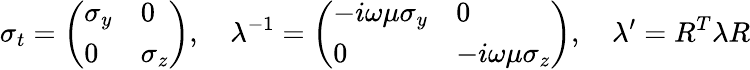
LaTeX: \sigma_{t}=\left(\begin{array}{ll}{\sigma_{y}}&{0}\\ {0}&{\sigma_{z}}\end{array}\right),\quad\lambda^{-1}=\left(\begin{array}{ll}{-i\omega\mu\sigma_{y}}&{0}\\ {0}&{-i\omega\mu\sigma_{z}}\end{array}\right),\quad\lambda^{\prime}=R^{T}\lambda R